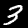
Label: 3